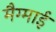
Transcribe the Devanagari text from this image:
मैग्माई